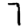
Digit: 7